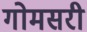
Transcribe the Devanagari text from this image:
गोमसरी